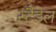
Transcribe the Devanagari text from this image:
स्टैडेल